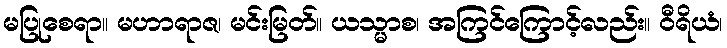
မပြုစေရာ။ မဟာရာဇ၊ မင်းမြတ်။ ယသ္မာစ၊ အကြင်ကြောင့်လည်း။ ဝီရိယံ၊